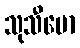
သုသီမော